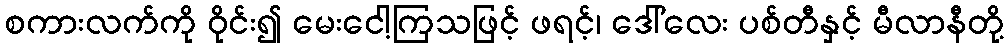
စကားလက်ကို ဝိုင်း၍ မေးငေါ့ကြသဖြင့် ဖရင့်၊ ဒေါ်လေး ပစ်တီနှင့် မီလာနီတို့